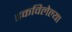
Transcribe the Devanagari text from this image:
डकविलेल्या